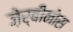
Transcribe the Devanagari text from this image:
ज़ेर्बीनोस